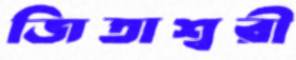
জিতাশ্বরী